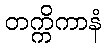
တက္ကိကာနံ